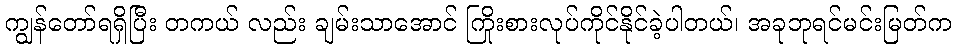
ကျွန်တော်ရရှိပြီး တကယ် လည်း ချမ်းသာအောင် ကြိုးစားလုပ်ကိုင်နိုင်ခဲ့ပါတယ်၊ အခုဘုရင်မင်းမြတ်က